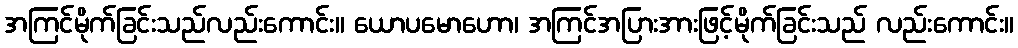
အကြင်မိုက်ခြင်းသည်လည်းကောင်း။ ယောပမောဟော၊ အကြင်အပြားအားဖြင့်မိုက်ခြင်းသည် လည်းကောင်း။